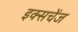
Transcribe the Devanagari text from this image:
इक्सचेंज